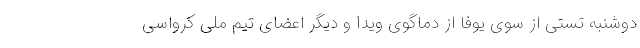
دوشنبه تستی از سوی یوفا از دماگوی ویدا و دیگر اعضای تیم ملی کرواسی